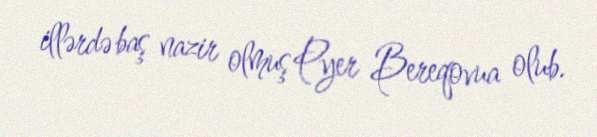
illərdə baş nazir olmuş Pyer Bereqovua olub.